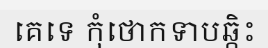
គេទេ កុំថោកទាបឆ្កិះ